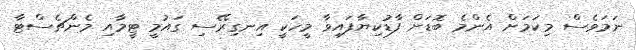
ނަމަވެސް މިކަމަށް އެންމެ ބޮޑަށް ފާޑުކިޔާފައިވާ މީހަކީ އިނގިރޭސި ގައުމީ ޓީމާއި މެންޗެސްޓާ